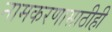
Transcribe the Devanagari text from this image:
नामकरणासाठीही